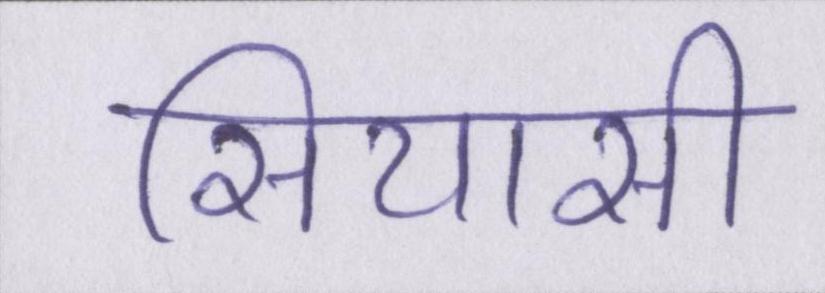
सियासी